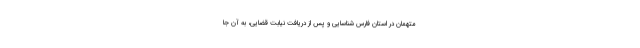
متهمان در استان فارس شناسایی و پس از دریافت نیابت قضایی، به آن جا